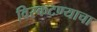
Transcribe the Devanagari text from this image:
विस्कटण्याचा